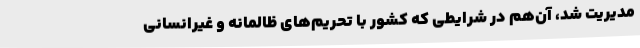
مدیریت شد، آن‌هم در شرایطی که کشور با تحریم‌های ظالمانه و غیرانسانی